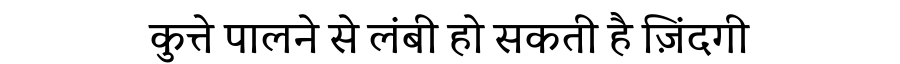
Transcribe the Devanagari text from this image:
कुत्ते पालने से लंबी हो सकती है ज़िंदगी